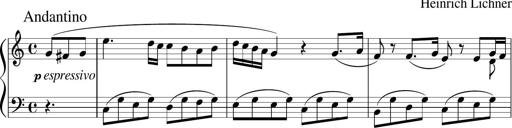
Title: 3 Sonatinen
Composer: Heinrich Lichner